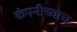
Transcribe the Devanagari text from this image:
कंपनीच्याच